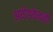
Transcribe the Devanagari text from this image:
अयोगकेवली